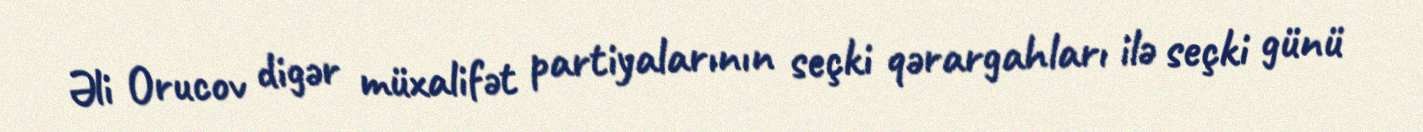
Əli Orucov digər müxalifət partiyalarının seçki qərargahları ilə seçki günü